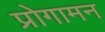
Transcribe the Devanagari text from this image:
प्रोगामन